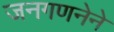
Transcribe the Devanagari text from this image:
जनगणनेने